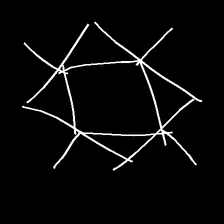
Glyph: light